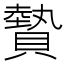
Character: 䞇